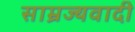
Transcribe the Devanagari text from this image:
साम्रज्यवादी